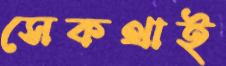
সেকথাই